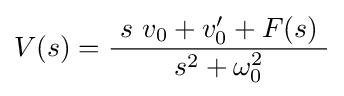
V(s)={\frac {\ s\ v_{0}+v'_{0}+F(s)\ }{s^{2}+\omega _{0}^{2}}}